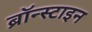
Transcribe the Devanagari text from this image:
ब्रॉन्स्टाइन